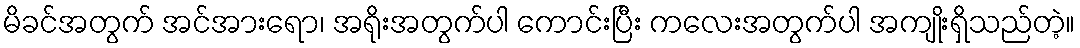
မိခင်အတွက် အင်အားရော၊ အရိုးအတွက်ပါ ကောင်းပြီး ကလေးအတွက်ပါ အကျိုးရှိသည်တဲ့။